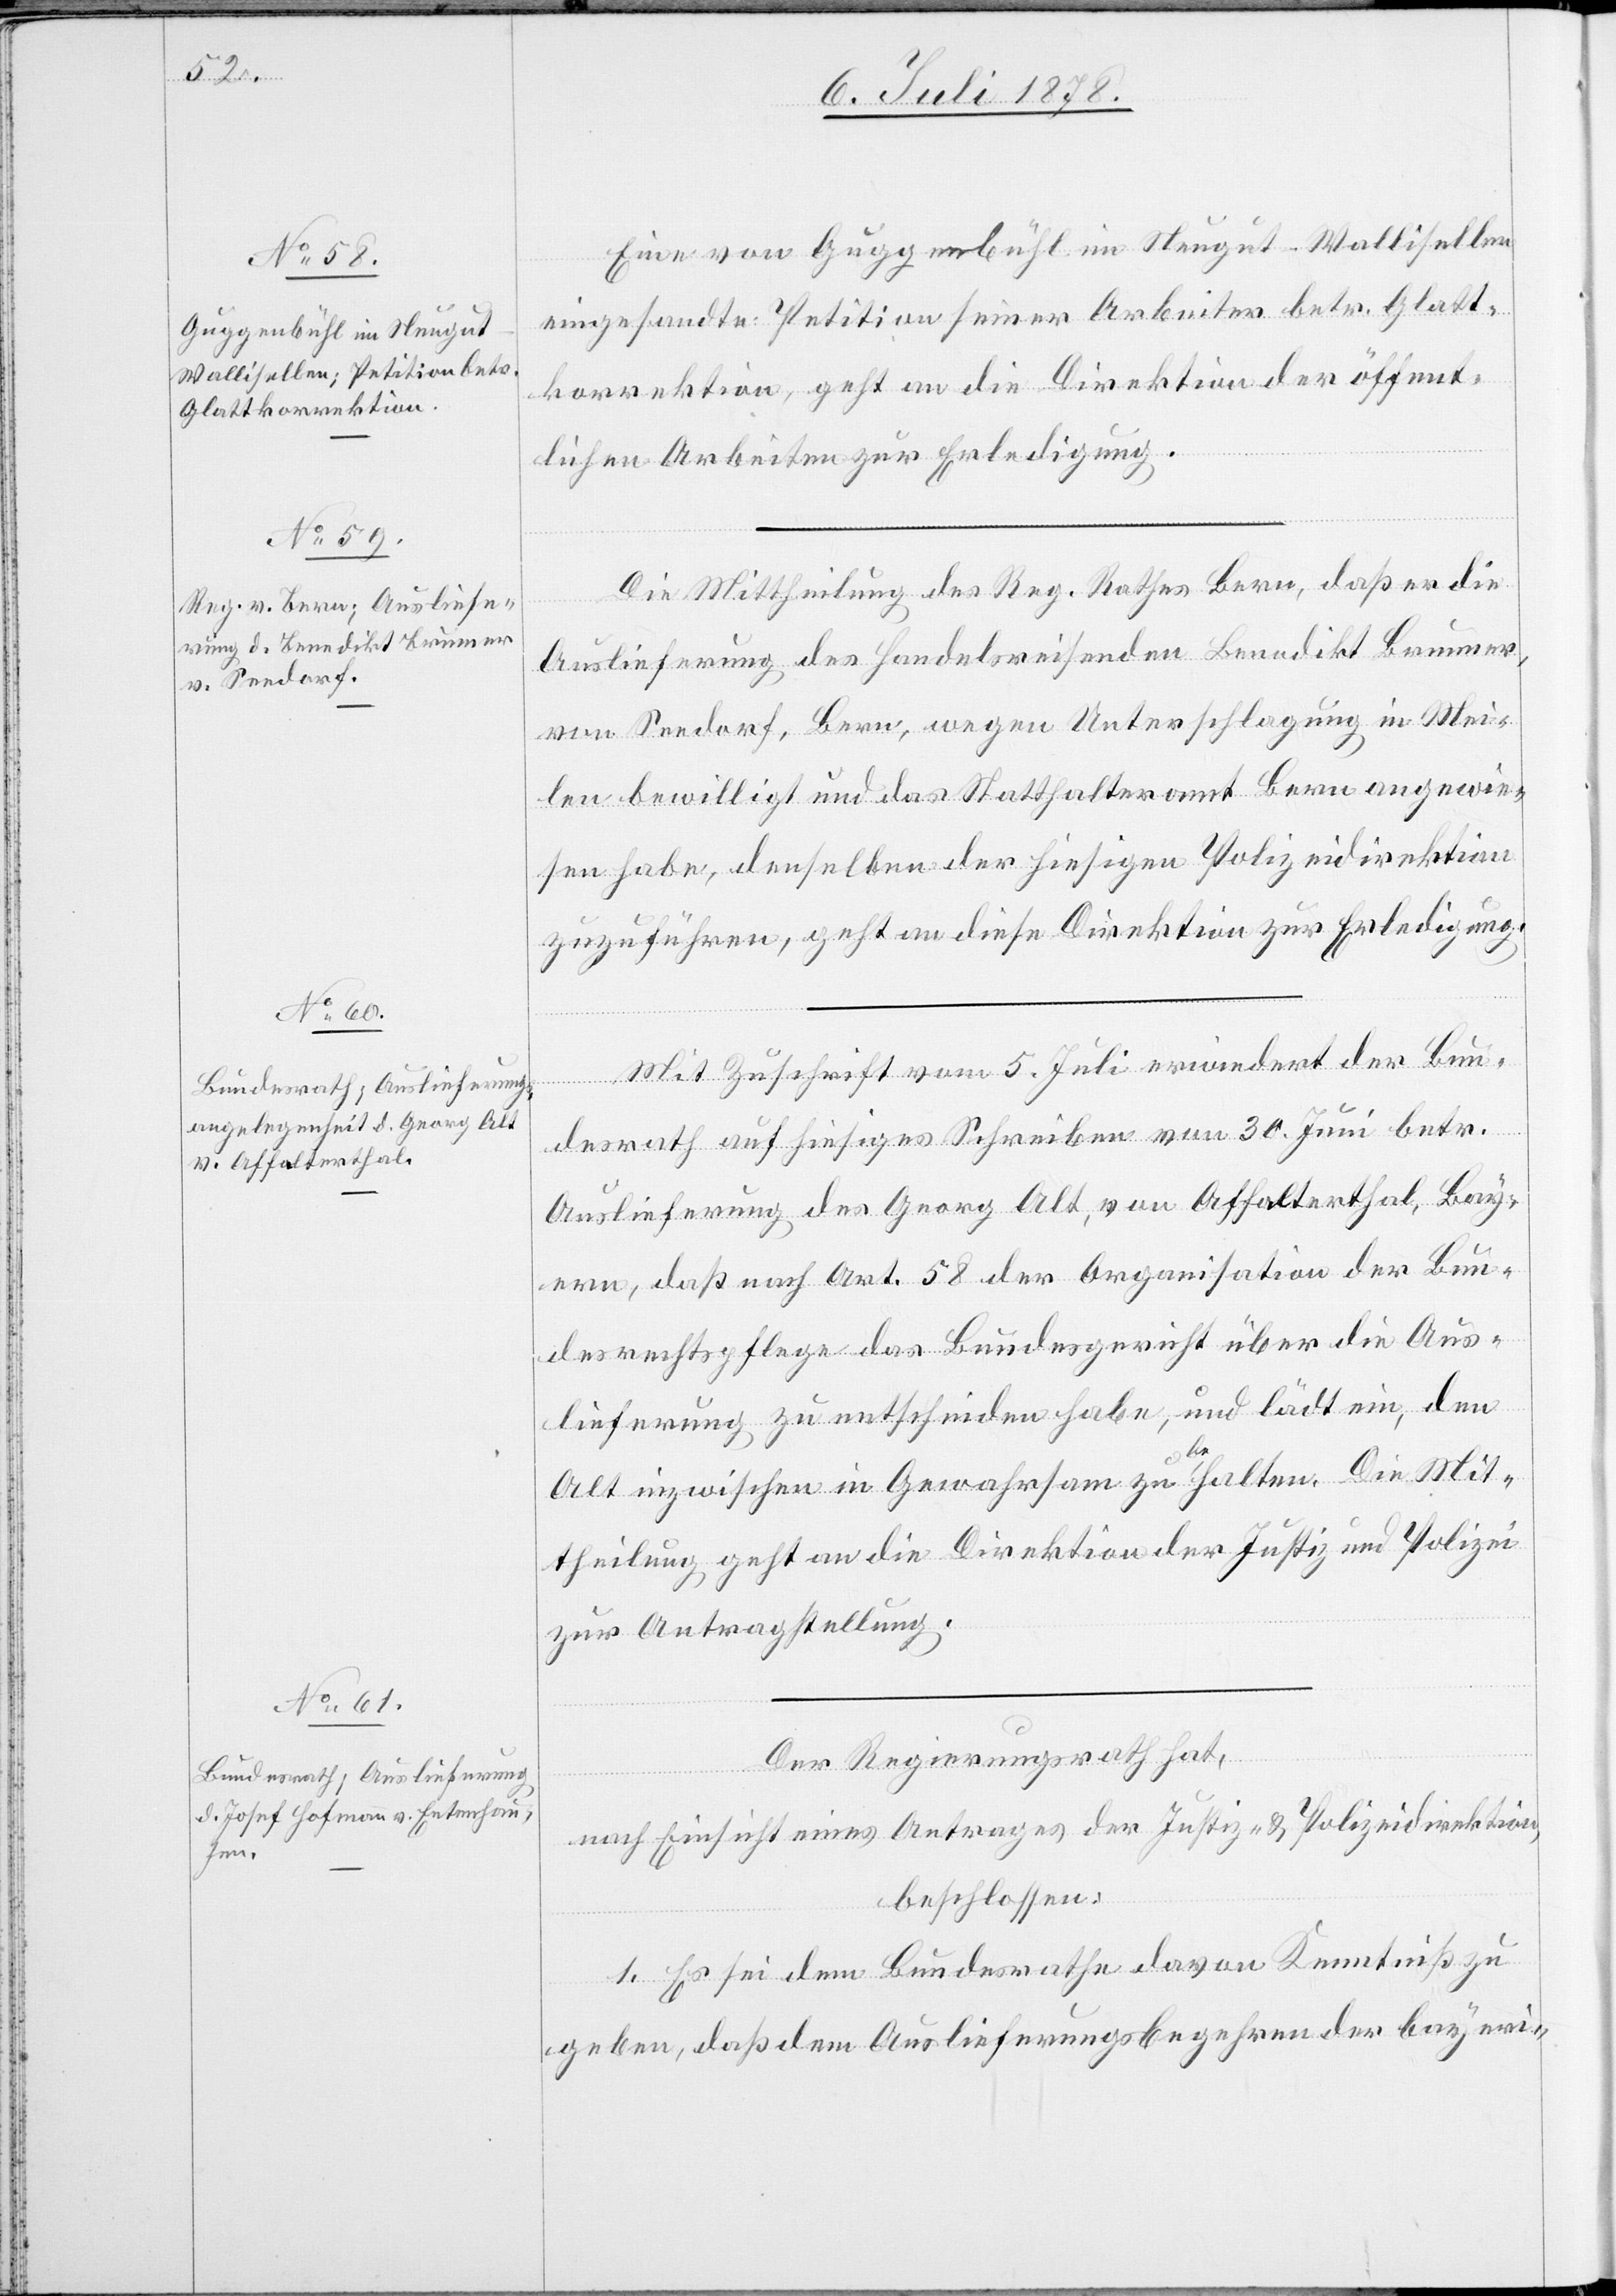
8. Juli 1878.]
Eine von Guggenbühl im Neugut - Wallisellen
eingesandte Petition seiner Arbeiter betr. Glatt¬
korrektion, geht an die Direktion der öffent¬
lichen Arbeiten zur Erledigung.
Die Mittheilung des Reg. Rathes Bern, daß er die
Auslieferung des Handelsreisenden Benedikt Brunner,
von Seedorf, Bern, wegen Unterschlagung in Mei¬
len bewilligt und das Statthalteramt Bern angewie¬
sen habe, denselben der hiesigen Polizeidirektion
zuzuführen, geht an diese Direktion zur Erledigung.
Mit Zuschrift vom 5. Juli erwiedert der Bun¬
desrath auf hiesiges Schreiben vom 30. Juni betr.
Auslieferung des Georg Alt, von Affalterthal, Bay¬
ern, daß nach Art. 58 der Organisation der Bun¬
desrechtspflege das Bundesgericht über die Aus¬
lieferung zu entscheiden habe, und lädt ein, den
Alt inzwischen in Gewahrsam zu behalten. Die Mit¬
theilung geht an die Direktion der Justiz und Polizei
zur Antragstellung.
Der Regierungsrath hat,
nach Einsicht eines Antrages der Justiz- & Polizeidirektion,
beschlossen:
1. Es sei dem Bundesrathe davon Kenntniß zu
geben, daß dem Auslieferungsbegehren der bayeri-